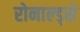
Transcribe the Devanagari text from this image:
रोनाल्ड्से